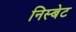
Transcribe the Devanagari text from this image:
निस्बेट